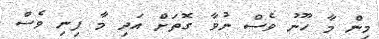
މިން މާ ހޫނު ވެސް ނުވާ ގޮތަށް އަދި މާ ފިނި ވެސް